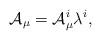
LaTeX: \begin{align*}{\cal A}_{\mu} = {\cal A}_{\mu}^i \lambda^i,\end{align*}